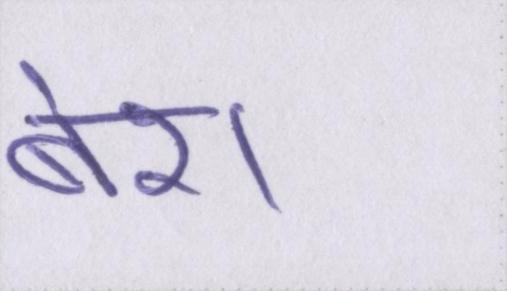
बेश